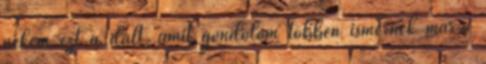
nekem ezt a dalt, amit gondolom többen ismernek már.ő